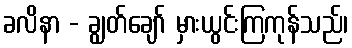
ခလိနာ - ချွတ်ချော် မှားယွင်းကြကုန်သည်၊